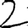
Digit: 2